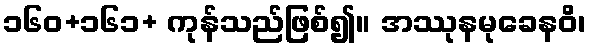
၁၆၀+၁၆၁+ ကုန်သည်ဖြစ်၍။ အဿုနမုခေနဝိ၊